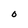
Character: 0